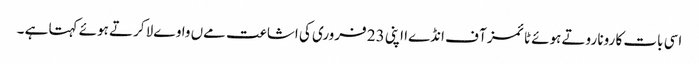
اسی بات کا رونا روتے ہوئے ٹائمز آ ف انڈےا اپنی 23 فروری کی اشاعت مےں واوےلا کرتے ہوئے کہتا ہے ۔